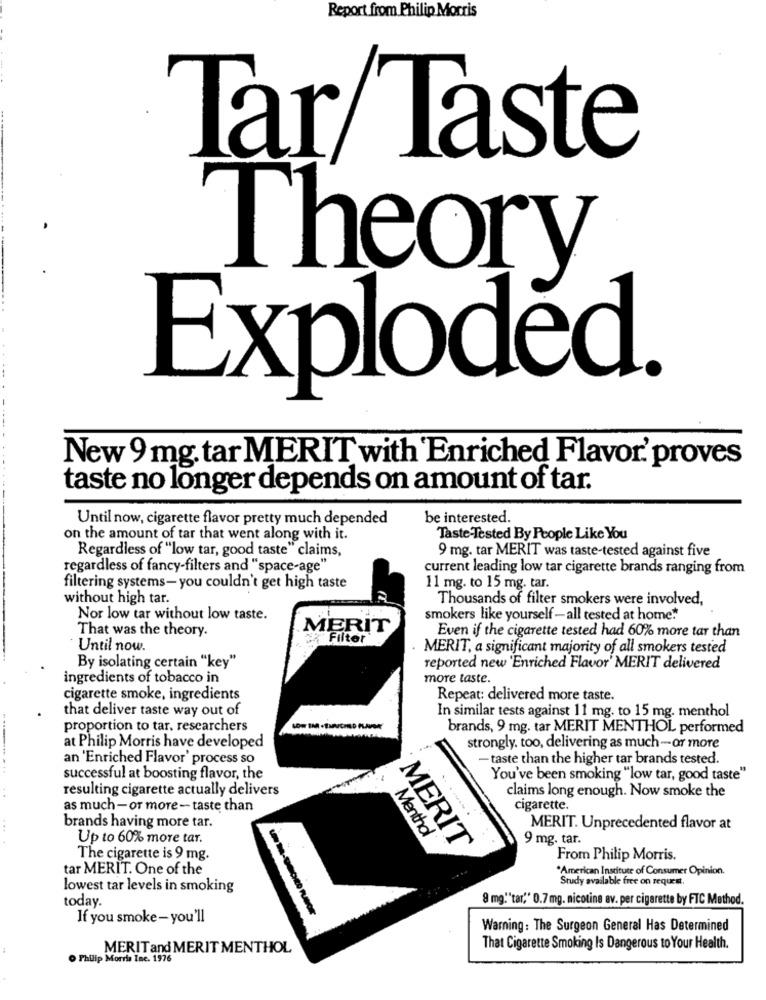
Report from Philip Morris
Tar Taste
Theory
Exploded.
New 9 mg. tar MERIT with Enriched Flavor.' proves
taste no longer depends on amount of tar.
Until now, cigarette flavor pretty much depended
be interested.
on the amount of tar that went along with it.
Taste-Tested By People Like You
Regardless of "low tar, good taste" claims,
9 mg. tar MERIT was taste-tested against five
regardless of fancy-filters and "space-age"
current leading low tar cigarette brands ranging from
filtering systems- you couldn't get high taste
11 mg. to 15 mg. tar.
without high tar.
Thousands of filter smokers were involved,
Nor low tar without low taste.
smokers like yourself - all tested at home."
That was the theory.
MERIT
Even if the cigarette tested had 60% more tar than
Filter
Until now.
MERIT, a significant majority of all smokers tested
By isolating certain "key"
reported new 'Enriched Flavor' MERIT delivered
ingredients of tobacco in
more taste.
cigarette smoke, ingredients
Repeat: delivered more taste.
that deliver taste way out of
In similar tests against 11 mg. to 15 mg. menthol
proportion to tar. researchers
brands, 9 mg. tar MERIT MENTHOL performed
at Philip Morris have developed
strongly. too, delivering as much-or more
an 'Enriched Flavor' process so
- taste than the higher tar brands tested.
successful at boosting flavor, the
You've been smoking "low tar, good taste"
resulting cigarette actually delivers
claims long enough. Now smoke the
as much - or more - taste than
cigarette.
brands having more tar.
MERIT. Unprecedented flavor at
Up to 60% more tar.
Menthol
9 mg. tar.
MERIT
The cigarette is 9 mg.
From Philip Morris.
tar MERIT. One of the
*American Institute of Consumer Opinion.
Study available free on request.
lowest tar levels in smoking
today.
9 mg."tar," 0.7 mg. nicotine av. per cigarette by FTC Method.
If you smoke- you'll
Warning : The Surgeon General Has Determined
MERIT and MERIT MENTHOL
That Cigarette Smoking Is Dangerous to Your Health.
. Philip Morris Inc. 1976